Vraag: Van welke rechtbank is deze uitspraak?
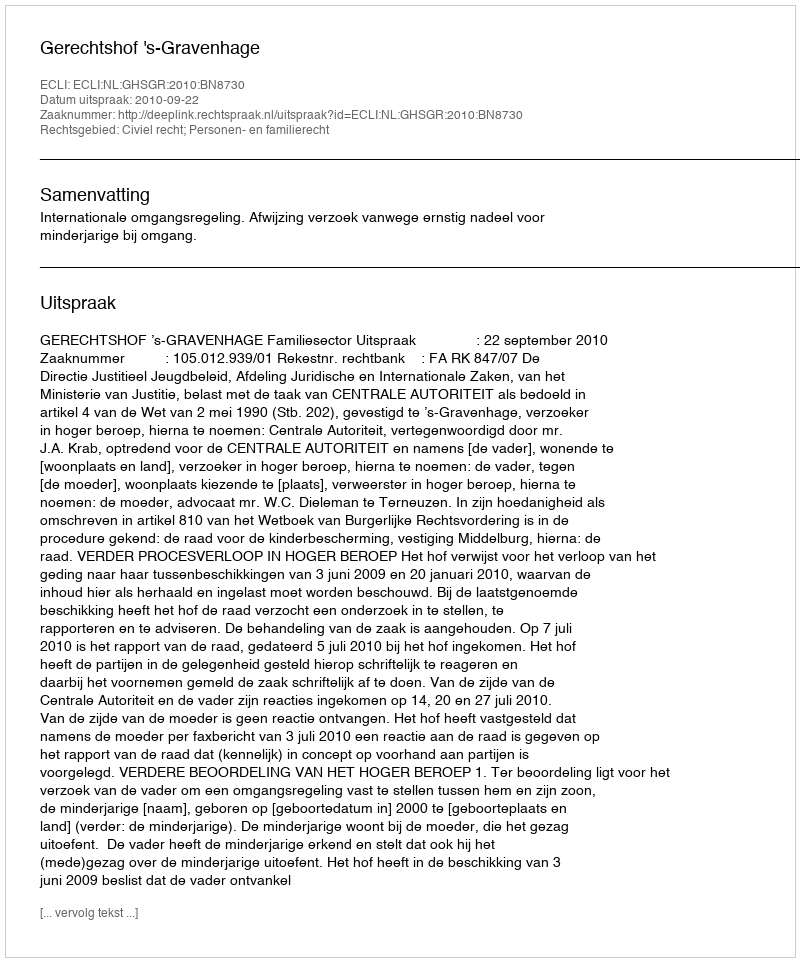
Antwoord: Gerechtshof 's-Gravenhage